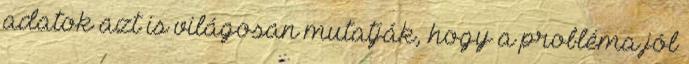
adatok azt is világosan mutatják, hogy a probléma jól